Calcutta medical institutions reports 1879-81 [i.e.91]
Year: 1879
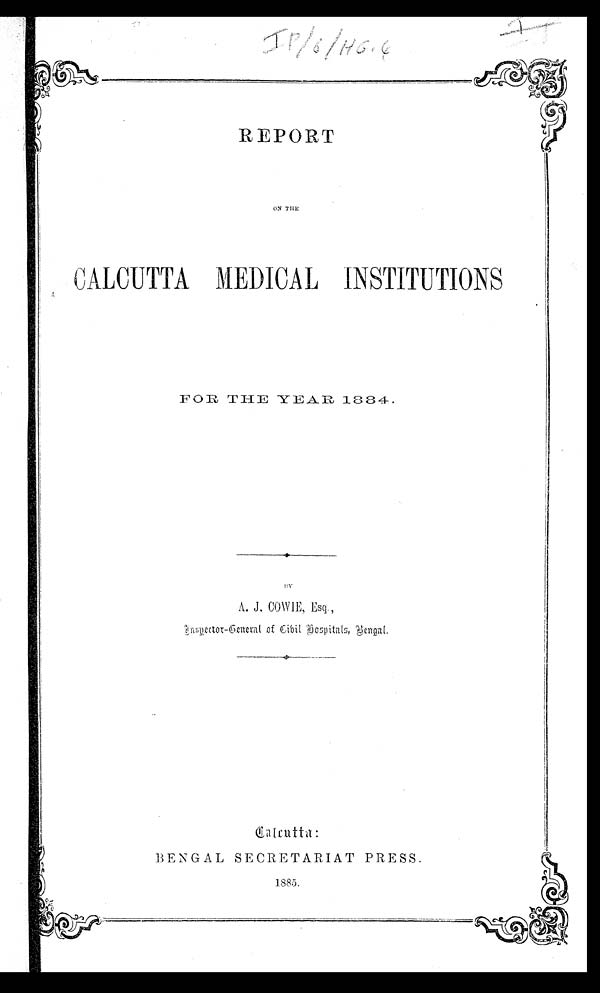
IP /6/ HG.4
REPORT
ON THE
CALCUTTA MEDICAL INSTITUTIONS
For THE YEAR 1884.
BY
A. J. COWIE, Esq.,
Inspector-General of Civil Hospitals, Bengal.
Calcutta:
BENGAL SECRETARIAT PRESS.
1885.